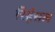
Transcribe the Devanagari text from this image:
रिर्हसल